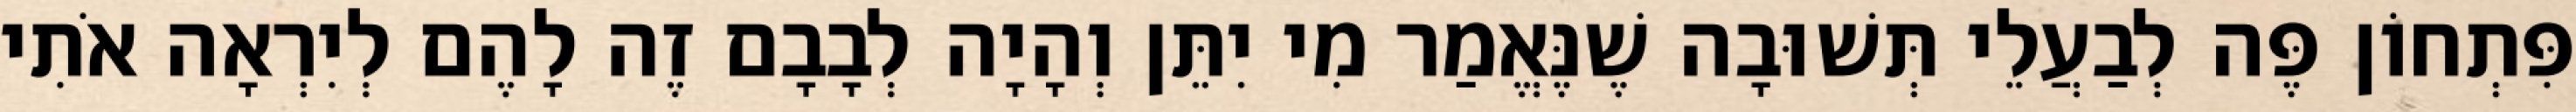
פִּתְחוֹן פֶּה לְבַעֲלֵי תְּשׁוּבָה שֶׁנֶּאֱמַר מִי יִתֵּן וְהָיָה לְבָבָם זֶה לָהֶם לְיִרְאָה אֹתִי